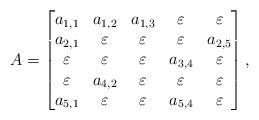
LaTeX: \begin{align*}A =\begin{bmatrix}a_{1,1} & a_{1,2} & a_{1,3} & \varepsilon & \varepsilon \\ a_{2,1} & \varepsilon & \varepsilon & \varepsilon & a_{2,5} \\ \varepsilon & \varepsilon & \varepsilon & a_{3,4} & \varepsilon \\ \varepsilon & a_{4,2} & \varepsilon & \varepsilon & \varepsilon \\ a_{5,1} &\varepsilon & \varepsilon & a_{5,4} & \varepsilon\end{bmatrix},\end{align*}